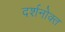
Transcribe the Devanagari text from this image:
दर्शनोक्त